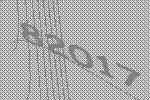
82017